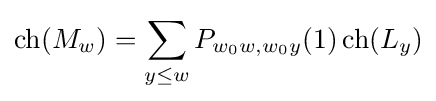
\operatorname {ch} (M_{w})=\sum _{y\leq w}P_{w_{0}w,w_{0}y}(1)\operatorname {ch} (L_{y})